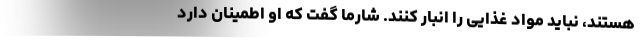
هستند، نباید مواد غذایی را انبار کنند. شارما گفت که او اطمینان دارد